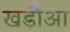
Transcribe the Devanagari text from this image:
खड़ौआ